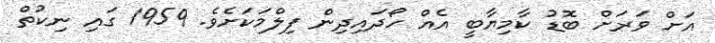
އަށް ވަރަށް ބޮޑު ކާމިޔާބީ އެއް ހޯދައިދިން ފިލްމަކަށެވެ. 1959 ގައި ނިކުތް